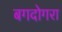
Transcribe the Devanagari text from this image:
बगदोगरा